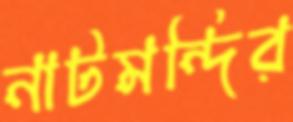
নাটমন্দির